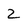
Character: 2